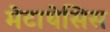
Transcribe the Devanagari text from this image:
मेटाथेसिस